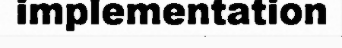
implementation